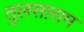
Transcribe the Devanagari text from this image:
तुलसाराम